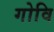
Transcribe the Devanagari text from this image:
गोवि